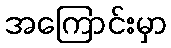
အကြောင်းမှာ